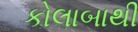
કોલાબાથી